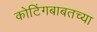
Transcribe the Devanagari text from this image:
कोटिंगबाबतच्या